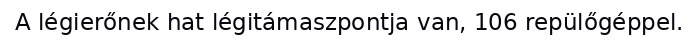
A légierőnek hat légitámaszpontja van, 106 repülőgéppel.